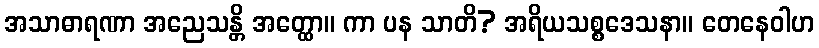
အသာဓာရဏာ အညေသန္တိ အတ္ထော။ ကာ ပန သာတိ? အရိယသစ္စဒေသနာ။ တေနေဝါဟ